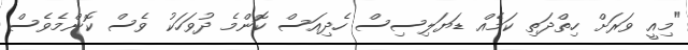
"މިއީ ވަރަށް ހިތްދަތި ކަމެއް ޑަޔަލިސިސް ހެދިއަސް ކޮންމެ ދުވަހަކު ވެސް ކޮންމެވެސް